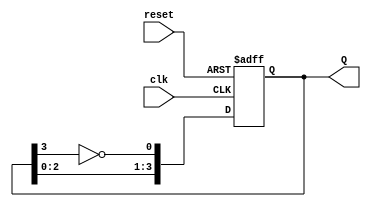
module johnson_counter (
    input wire clk,     // Clock signal
    input wire reset,   // Asynchronous reset signal
    output reg [3:0] Q  // 4-bit output of the counter
);

    // Sequential logic for the Johnson counter
    always @(posedge clk or posedge reset) begin
        if (reset) begin
            Q <= 4'b0000;  // On reset, set counter to 0
        end else begin
            Q <= {Q[2:0], ~Q[3]};  // Shift left and invert the last bit
        end
    end

endmodule